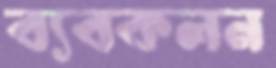
ব্যবকলন